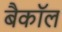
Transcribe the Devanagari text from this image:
बैकॉल